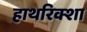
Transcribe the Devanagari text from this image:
हाथरिक्शा